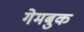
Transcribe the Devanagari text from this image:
गेमबुक